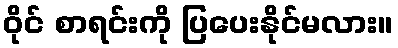
ဝိုင် စာရင်းကို ပြပေးနိုင်မလား။